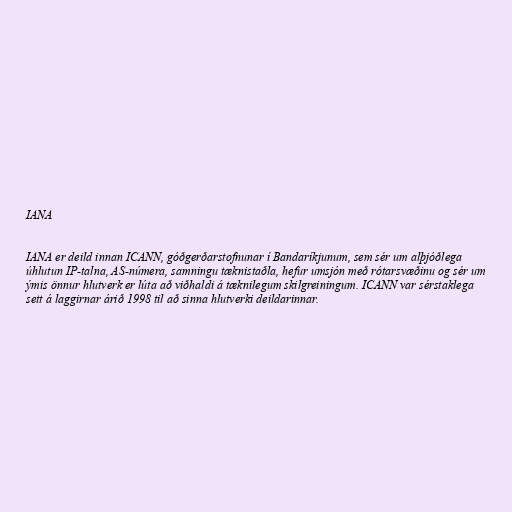
IANA

IANA er deild innan ICANN, góðgerðarstofnunar í Bandaríkjunum, sem sér um alþjóðlega
úhlutun IP-talna, AS-númera, samningu tæknistaðla, hefur umsjón með rótarsvæðinu og sér um
ýmis önnur hlutverk er lúta að viðhaldi á tæknilegum skilgreiningum. ICANN var sérstaklega
sett á laggirnar árið 1998 til að sinna hlutverki deildarinnar.